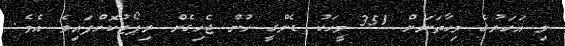
މި އަހަރުގެ މިހާތަަނަށް 351 މީހަކު ޑެންގީ ހުން ޖެހިގެން ރިޕޯޓުކޮށްފައިވެ އެވެ.